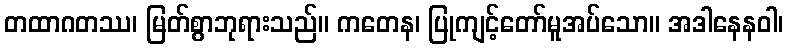
တထာဂတဿ၊ မြတ်စွာဘုရားသည်။ ကတေန၊ ပြုကျင့်တော်မူအပ်သော။ အဒါနေနဝါ၊